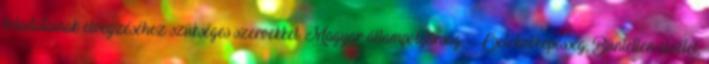
feladatainak elvégzéséhez szükséges szervekkel. Magyar állampolgárság, Cselekvőképesség, Büntetlen előélet,